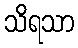
သိရသာ